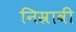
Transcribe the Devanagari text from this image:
निस्रावी